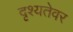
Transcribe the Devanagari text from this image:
दृश्यतेवर